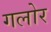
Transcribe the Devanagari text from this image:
गलोर